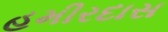
હમીરદાસ